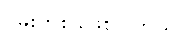
ဂိမ်းတစ်ခုဖြစ်ပါတယ်။